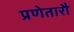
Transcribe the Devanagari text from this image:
प्रणेतारौ